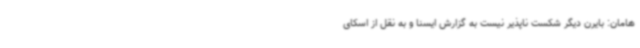
هامان: بایرن دیگر شکست ناپذیر نیست به گزارش ایسنا و به نقل از اسکای